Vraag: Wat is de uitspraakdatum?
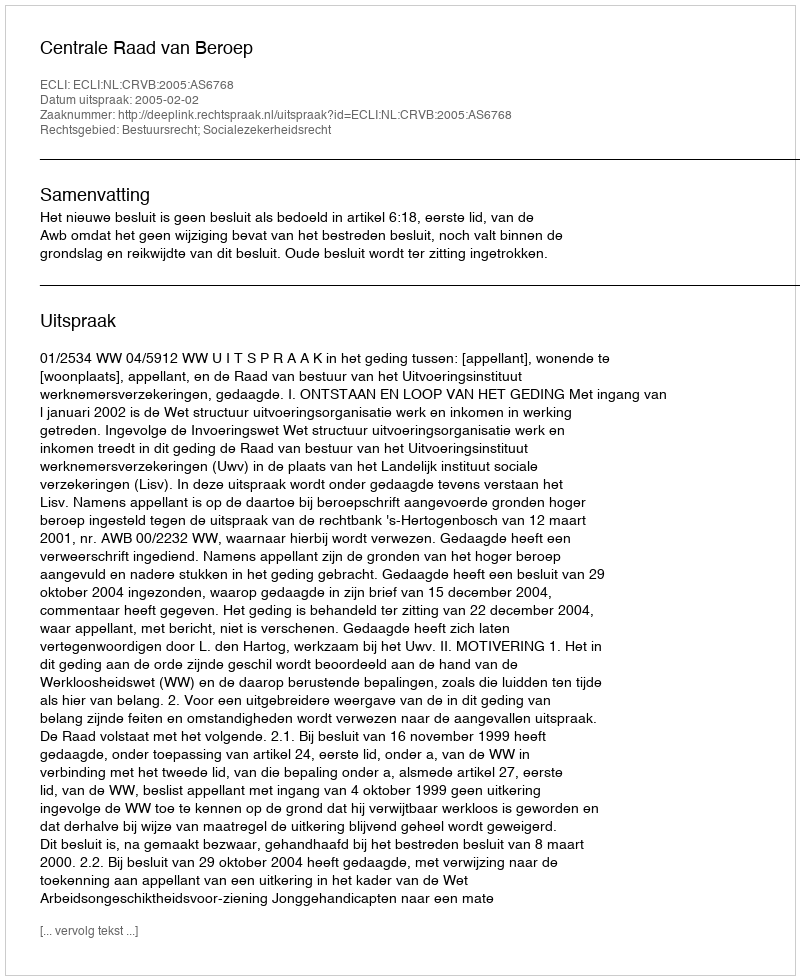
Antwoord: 2005-02-02